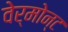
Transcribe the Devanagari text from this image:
वेर्मोन्ट